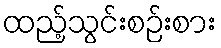
ထည့်သွင်းစဉ်းစား